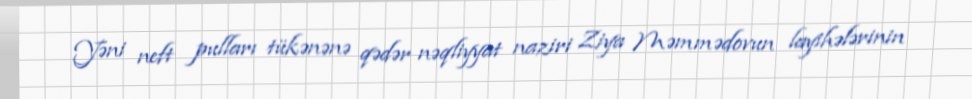
Yəni neft pulları tükənənə qədər nəqliyyat naziri Ziya Məmmədovun layihələrinin